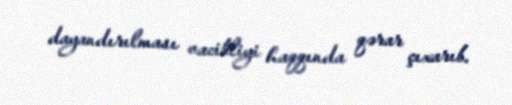
dayandırılması vacibliyi haqqında qərar çıxarıb.